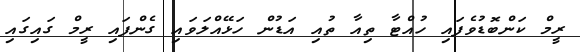
ރީމް ކަންބޮޑުވެފައި ހުއްޓާ ތިއާ ތުއި އަޑުން ހަޅޭއްލަވައި ގެންފައި ރީމް ގައިގައި